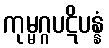
ကုမ္မဂ္ဂပဋိပန္နံ